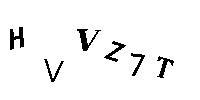
HVVZ7T